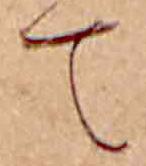
て